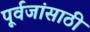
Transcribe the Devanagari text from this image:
पूर्वजांसाठी